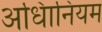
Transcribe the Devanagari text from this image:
अधिानियम